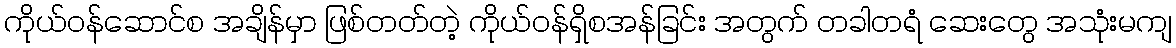
ကိုယ်ဝန်ဆောင်စ အချိန်မှာ ဖြစ်တတ်တဲ့ ကိုယ်ဝန်ရှိစအန်ခြင်း အတွက် တခါတရံ ဆေးတွေ အသုံးမကျ